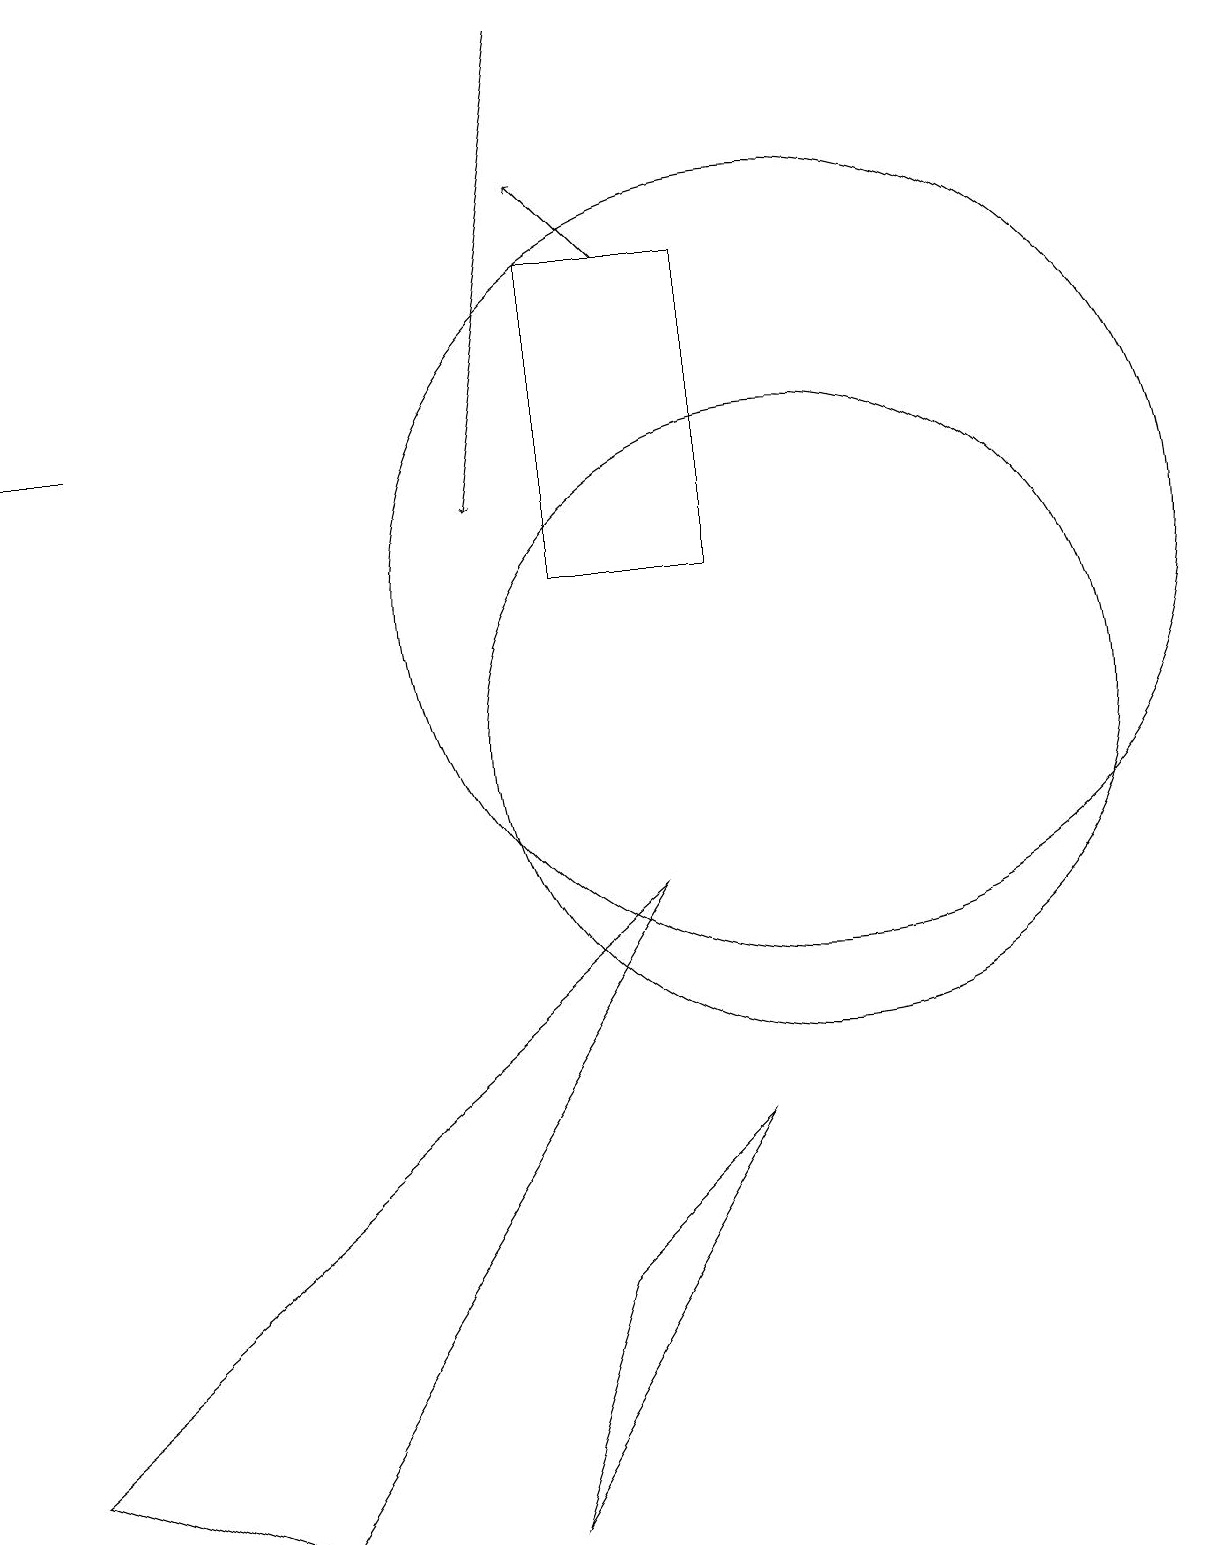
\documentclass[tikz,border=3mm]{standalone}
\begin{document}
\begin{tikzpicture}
\draw (6,0) -- (9,5) -- (7,3) -- cycle;
\draw (7,16) rectangle (9,12);
\draw (0,1) -- (3,0) -- (8,8) -- cycle;
\draw[->] (8,16) -- (7,17);
\draw (10,12) circle (5);
\draw[->] (1,14) -- (0,14);
\draw (10,10) circle (4);
\draw[->] (7,19) -- (6,13);
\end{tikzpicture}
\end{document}